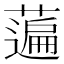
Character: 𦽟